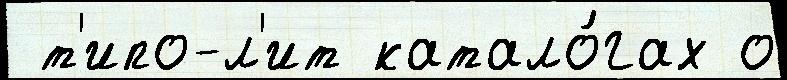
 т'ипо-л'ит катало́гах о